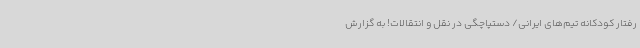
رفتار کودکانه تیم‌های ایرانی/ دستپاچگی در نقل و انتقالات! به گزارش